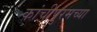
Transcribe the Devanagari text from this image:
कांचीपुरमच्या